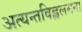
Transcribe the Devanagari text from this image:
अत्यन्तविह्वलमना